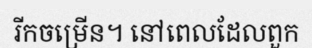
រីកចម្រើន។ នៅពេលដែលពួក